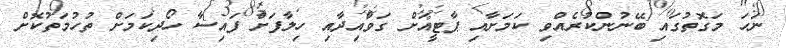
ނަހަ މަގޮތުގައި ބޭނުންކުރެއްވި ކަމަށާއި ޕާޓީއަށް ގަވާއިދާއި ހިލާފަށް ފައިސާ ހޯދިކަމަަށް ތުހުމަތުކޮށް